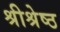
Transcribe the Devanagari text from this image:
श्रीश्रेष्ठ